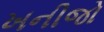
ખનીજો